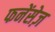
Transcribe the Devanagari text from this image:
फनेंसेज़